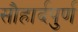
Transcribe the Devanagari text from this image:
सौहार्दपुर्ण